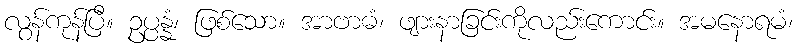
လွန်ကုန်ပြီ။ ဥပ္ပန္နံ၊ ဖြစ်သော။ အာဗာဓံ၊ ဖျားနာခြင်းကိုလည်းကောင်း။ အမနောရမံ၊